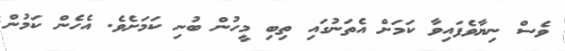
ވެސް ނިޔާވެފައިވާ ކަމަށް އެތަނުގައި ތިބި މީހުން ބުނި ކަމަށެވެ. އެހެން ކަމުން